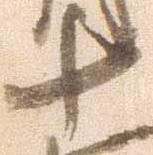
十